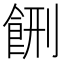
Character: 𱃥